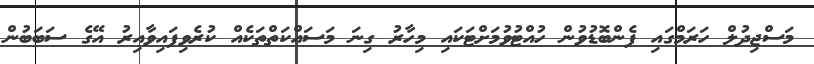
މަސްޖިދުލް ހަރަމްގައި ފެންބޮޑުވުން ހުއްޓުވުމަށްޓަކައި މިހާރު ގިނަ މަސައްކަތްތަކެއް ކުރެވިފައިވާއިރު އޭގެ ސަބަބުން